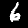
Digit: 6